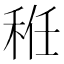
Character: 秹